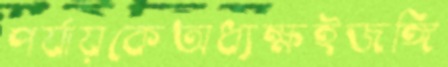
পর্যায়কেঅধ্যক্ষইজঙ্গি